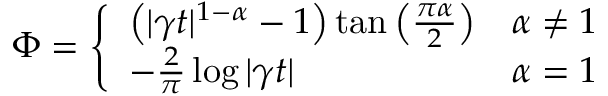
\Phi = { \left\{ \begin{array} { l l } { \left( | \gamma t | ^ { 1 - \alpha } - 1 \right) \tan \left( { \frac { \pi \alpha } { 2 } } \right) } & { \alpha \neq 1 } \\ { - { \frac { 2 } { \pi } } \log | \gamma t | } & { \alpha = 1 } \end{array} \right. }